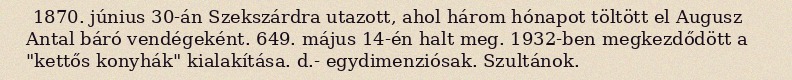
1870. június 30-án Szekszárdra utazott, ahol három hónapot töltött el Augusz Antal báró vendégeként. 649. május 14-én halt meg. 1932-ben megkezdődött a "kettős konyhák" kialakítása. d.- egydimenziósak. Szultánok.